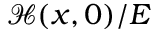
\mathcal { H } ( x , 0 ) / E